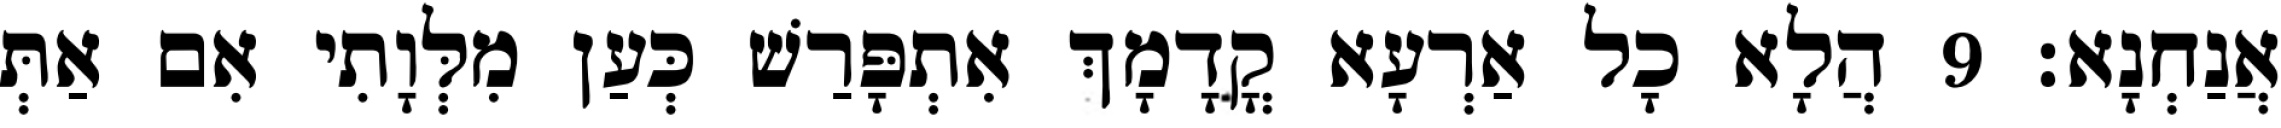
אֲנַחְנָא׃ 9 הֲלָא כָל אַרְעָא קֳדָמָךְ אִתְפָּרַשׁ כְּעַן מִלְּוָתִי אִם אַתְּ